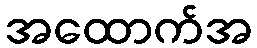
အထောက်အ